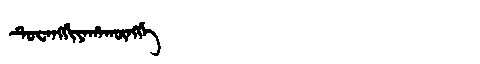
Manchu: ᡨᡠᠸᠠᠩᡤᡳᠶᠠᡥᠠᡴᡡᠩᡤᡝ
Romanization: TUWANGGIYAHAKŪNGGE